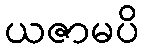
ယဇာမပိ